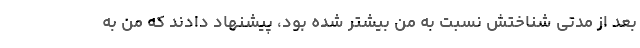
بعد از مدتی شناختش نسبت به من بیشتر شده بود، پیشنهاد دادند که من به